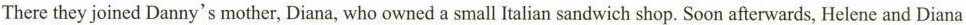
There they joined Danny's mother, Diana, who owned a small Italian sandwich shop. Soon afterwards, Helene and Diana